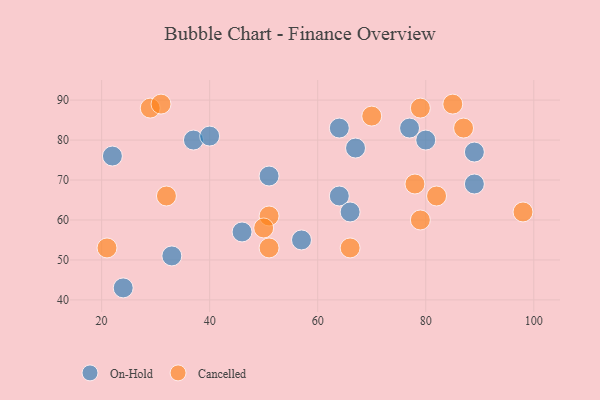
{"axis": {"x": "GDP", "y": "Life Expectancy"}, "legend": ["Cancelled", "On-Hold"], "data": [{"x": "24", "y": 43, "type": "On-Hold"}, {"x": "64", "y": 66, "type": "On-Hold"}, {"x": "51", "y": 71, "type": "On-Hold"}, {"x": "37", "y": 80, "type": "On-Hold"}, {"x": "89", "y": 69, "type": "On-Hold"}, {"x": "40", "y": 81, "type": "On-Hold"}, {"x": "64", "y": 83, "type": "On-Hold"}, {"x": "66", "y": 62, "type": "On-Hold"}, {"x": "80", "y": 80, "type": "On-Hold"}, {"x": "77", "y": 83, "type": "On-Hold"}, {"x": "67", "y": 78, "type": "On-Hold"}, {"x": "33", "y": 51, "type": "On-Hold"}, {"x": "22", "y": 76, "type": "On-Hold"}, {"x": "46", "y": 57, "type": "On-Hold"}, {"x": "57", "y": 55, "type": "On-Hold"}, {"x": "89", "y": 77, "type": "On-Hold"}, {"x": "79", "y": 88, "type": "Cancelled"}, {"x": "29", "y": 88, "type": "Cancelled"}, {"x": "85", "y": 89, "type": "Cancelled"}, {"x": "66", "y": 53, "type": "Cancelled"}, {"x": "87", "y": 83, "type": "Cancelled"}, {"x": "78", "y": 69, "type": "Cancelled"}, {"x": "21", "y": 53, "type": "Cancelled"}, {"x": "79", "y": 60, "type": "Cancelled"}, {"x": "98", "y": 62, "type": "Cancelled"}, {"x": "31", "y": 89, "type": "Cancelled"}, {"x": "32", "y": 66, "type": "Cancelled"}, {"x": "82", "y": 66, "type": "Cancelled"}, {"x": "51", "y": 53, "type": "Cancelled"}, {"x": "51", "y": 61, "type": "Cancelled"}, {"x": "50", "y": 58, "type": "Cancelled"}, {"x": "70", "y": 86, "type": "Cancelled"}]}